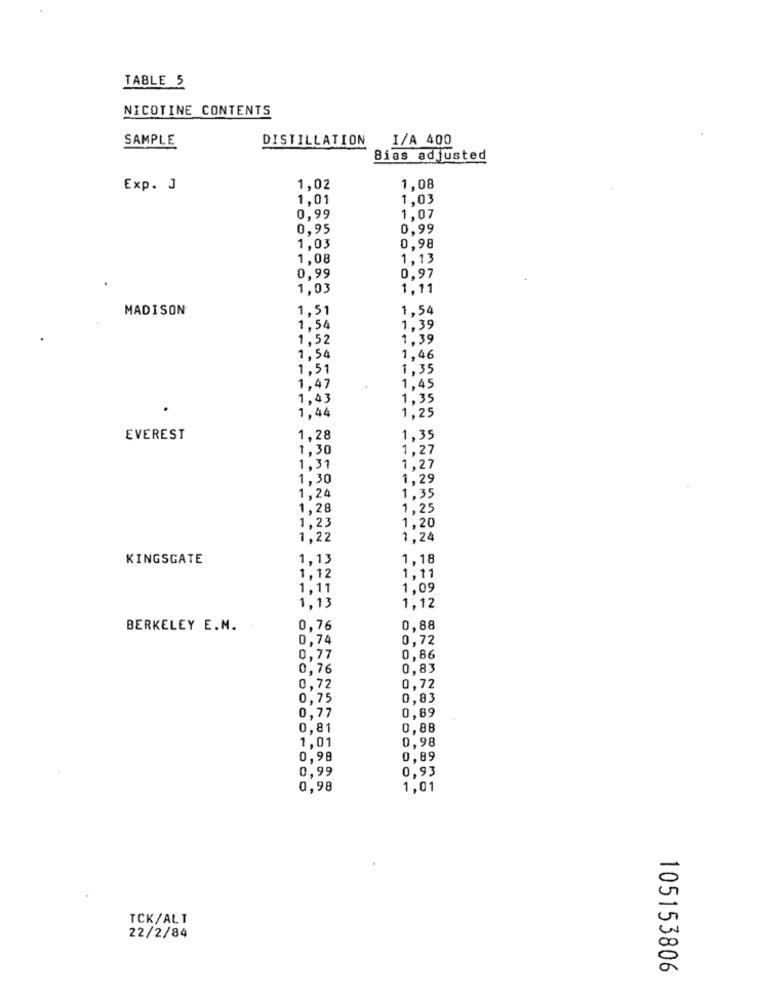
TABLE 5
NICOTINE CONTENTS
SAMPLE
DISTILLATION
I/A 400
Bias adjusted
Exp. J
1,02
1,08
1.01
1.03
0.99
1.07
0.95
0,99
1.03
0.98
1,08
1,13
0.99
0,97
1,03
1,11
MADISON
1,51
1,54
1,54
1,39
1,52
1,39
1,54
1,46
1,51
1,35
1,47
1,45
1,43
1,35
1,44
1,25
EVEREST
1,28
1,35
1,30
1,27
1,31
1,27
1,30
1,29
1,24
1,35
1.28
1,25
1,20
1,23
1,22
1,24
KINGSGATE
1,13
1,18
1,12
1,11
1,11
1.09
1,13
1,12
BERKELEY E.M.
0,76
0,88
0,74
0,72
0,77
0,86
0.76
0,83
0.72
0,72
0,75
0,83
0,89
0,77
0,81
0,88
1.01
0,98
0,98
0,89
0,99
0,93
0,98
1,01
TCK/ALT
22/2/84
105153806